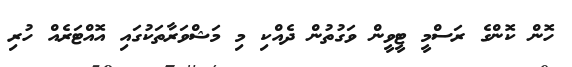
ހޮން ކޮންގެ ރަސްމީ ޓީވީން ވަގުތުން ދެއްކި މި މަޝްވަރާތަކުގައި އޮއްޓަރެއް ހުރި